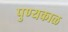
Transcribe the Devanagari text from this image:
पुण्यकाळ